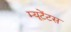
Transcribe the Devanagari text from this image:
म्यूटेंटस